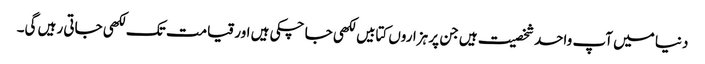
دنیا میں آپ واحد شخصیت ہیں جن پر ہزاروں کتابیں لکھی جا چکی ہیں اور قیامت تک لکھی جاتی رہیں گی۔